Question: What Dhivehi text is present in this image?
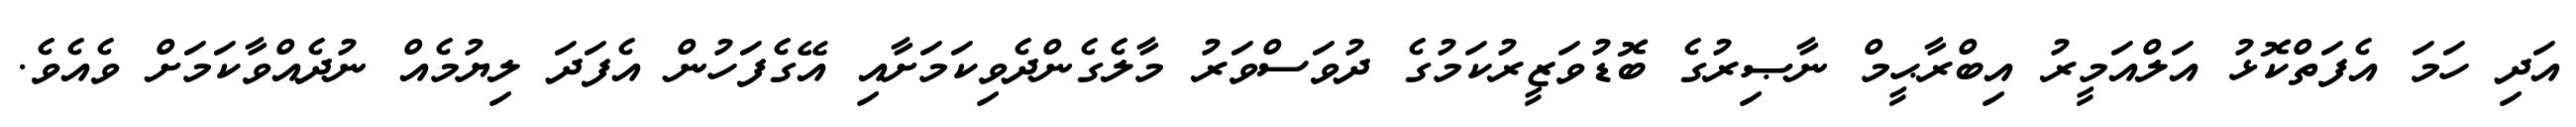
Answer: އަދި ހަމަ އެފަތްކޮޅު އަލްއަމީރު އިބްރާޙީމް ނާޞިރުގެ ބޮޑުވަޒީރުކަމުގެ ދުވަސްވަރު މާލެގެންދެވިކަމަށާއި އޭގެފަހުން އެފަދަ ލިޔުމެއް ނުދެއްވާކަމަށް ވެއެވެ.